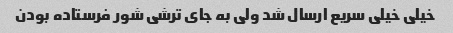
خیلی خیلی سریع ارسال شد ولی به جای ترشی شور فرستاده بودن